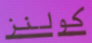
كولنز